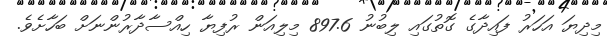
މިދިޔަ އަހަރު ފައިދާގެ ގޮތުގައި ލިބުނު 897.6 މިލިއަން ރުފިޔާ ހިއްސާދާރުންނަށް ބަހާށެވެ.